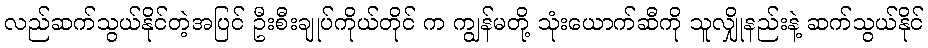
လည်ဆက်သွယ်နိုင်တဲ့အပြင် ဦးစီးချုပ်ကိုယ်တိုင် က ကျွန်မတို့ သုံးယောက်ဆီကို သူလျှိုနည်းနဲ့ ဆက်သွယ်နိုင်